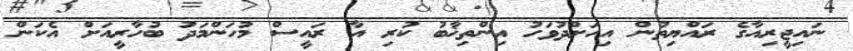
ނައިޖީރިއާގެ ރައްޔިތުން އިހަށްދުވަހު އިންތިޚާބު ކުރި އާ ރައީސް މުހަންމަދު ބުހާރީއަށް އެކަން